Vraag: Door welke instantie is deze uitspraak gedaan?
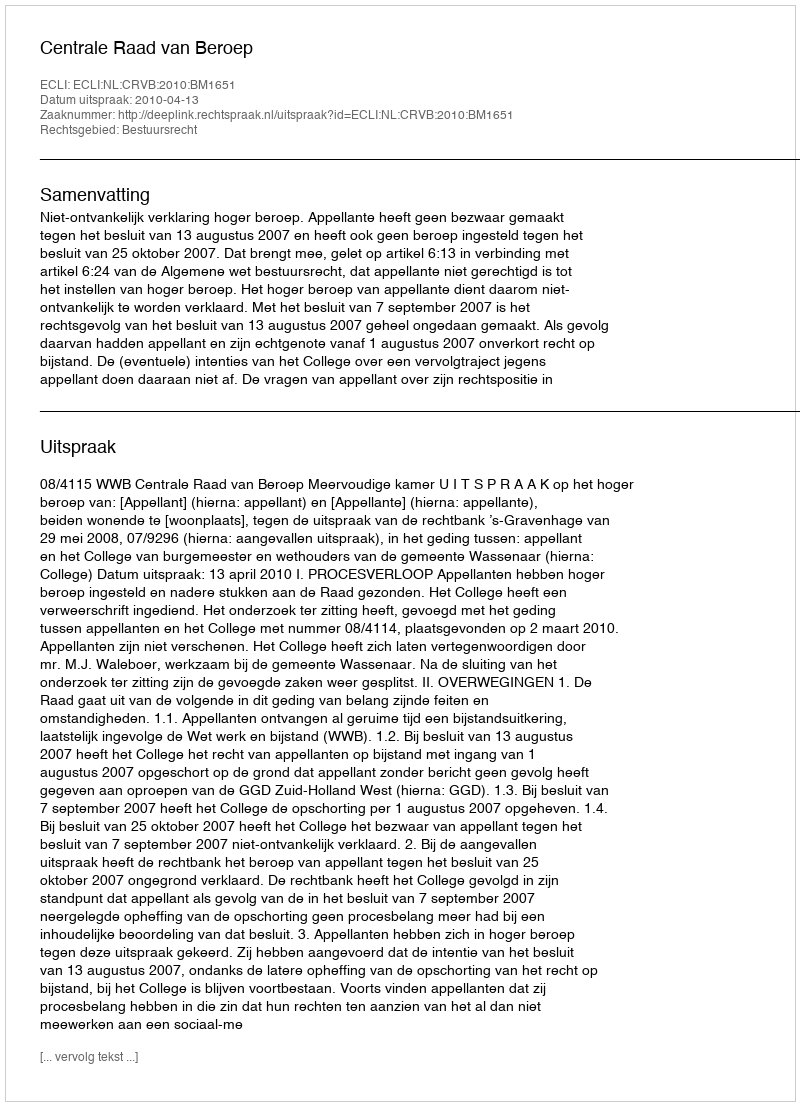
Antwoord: Centrale Raad van Beroep